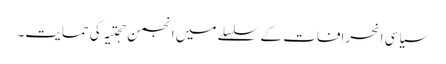
سیاسی انحرافات کے سلسلے میں انجمن حجتیہ کی حمایت۔